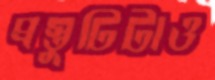
প্রস্তুটিটাও